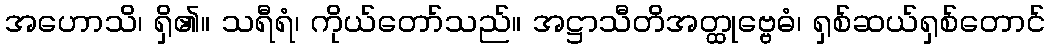
အဟောသိ၊ ရှိ၏။ သရီရံ၊ ကိုယ်တော်သည်။ အဋ္ဌာသီတိအတ္ထုဗ္ဗေဓံ၊ ရှစ်ဆယ်ရှစ်တောင်